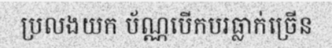
ប្រលងយក ប័ណ្ណបើកបរធ្លាក់ច្រើន